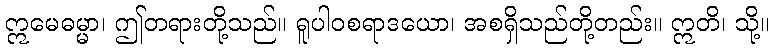
ဣမေဓမ္မာ၊ ဤတရားတို့သည်။ ရူပါဝစရာဒယော၊ အစရှိသည်တို့တည်း။ ဣတိ၊ သို့။